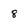
Character: 8